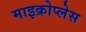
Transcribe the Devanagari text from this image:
माइक्रोप्लेस